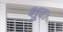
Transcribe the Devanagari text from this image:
शूरः